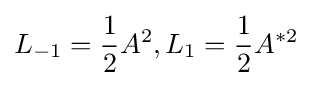
L_{-1}={1 \over 2}A^{2},L_{1}={1 \over 2}A^{*2}